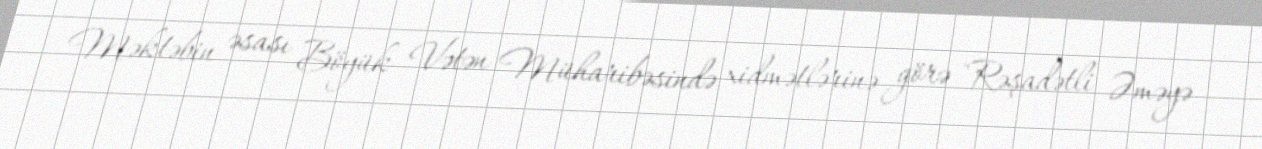
Məktəbin əsası Böyük Vətən Müharibəsində xidmətlərinə görə "Rəşadətli Əməyə